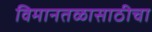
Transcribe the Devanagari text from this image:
विमानतळासाठीचा